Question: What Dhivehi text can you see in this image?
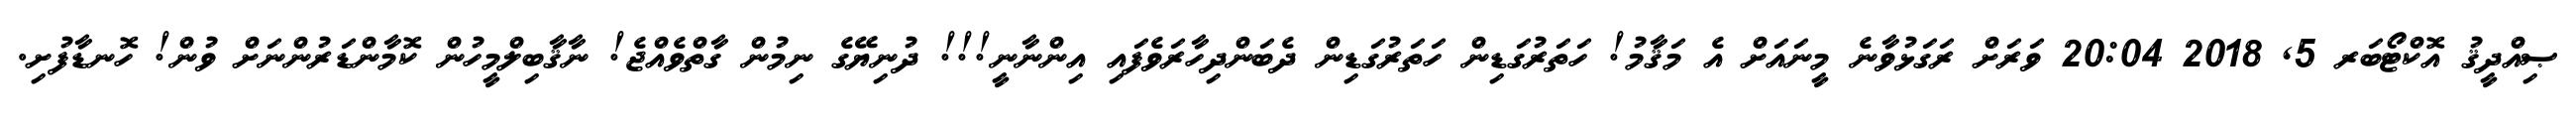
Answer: ޞިއްދީޤު އޮކްޓޯބަރ 5, 2018 20:04 ވަރަށް ރަގަޅުވާނެ މީނައަށް އެ މަޤާމު! ހަތަރުގަޑިން ހަތަރުގަޑިން ދެބަންދިހާރަވެފައި އިންނާނީ!!! ދުނިޔޭގެ ނިމުން ގާތްވެއްޖެ! ނާޤާބިލްމީހުން ކޮމާންޑަރުންނަށް ވުން! ހޮނޑާފުށި.